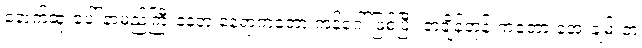
နောက်ဆုံးပေါ် နာမည်ကြီးနေတဲ့ နေရာကတော့ ကန်ဂေါ် ဖြစ်ပြီး တချိန်တုန်းကတော့ အေးချမ်းတဲ့